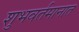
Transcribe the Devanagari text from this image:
शुभवर्तमानात